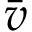
\bar { v }